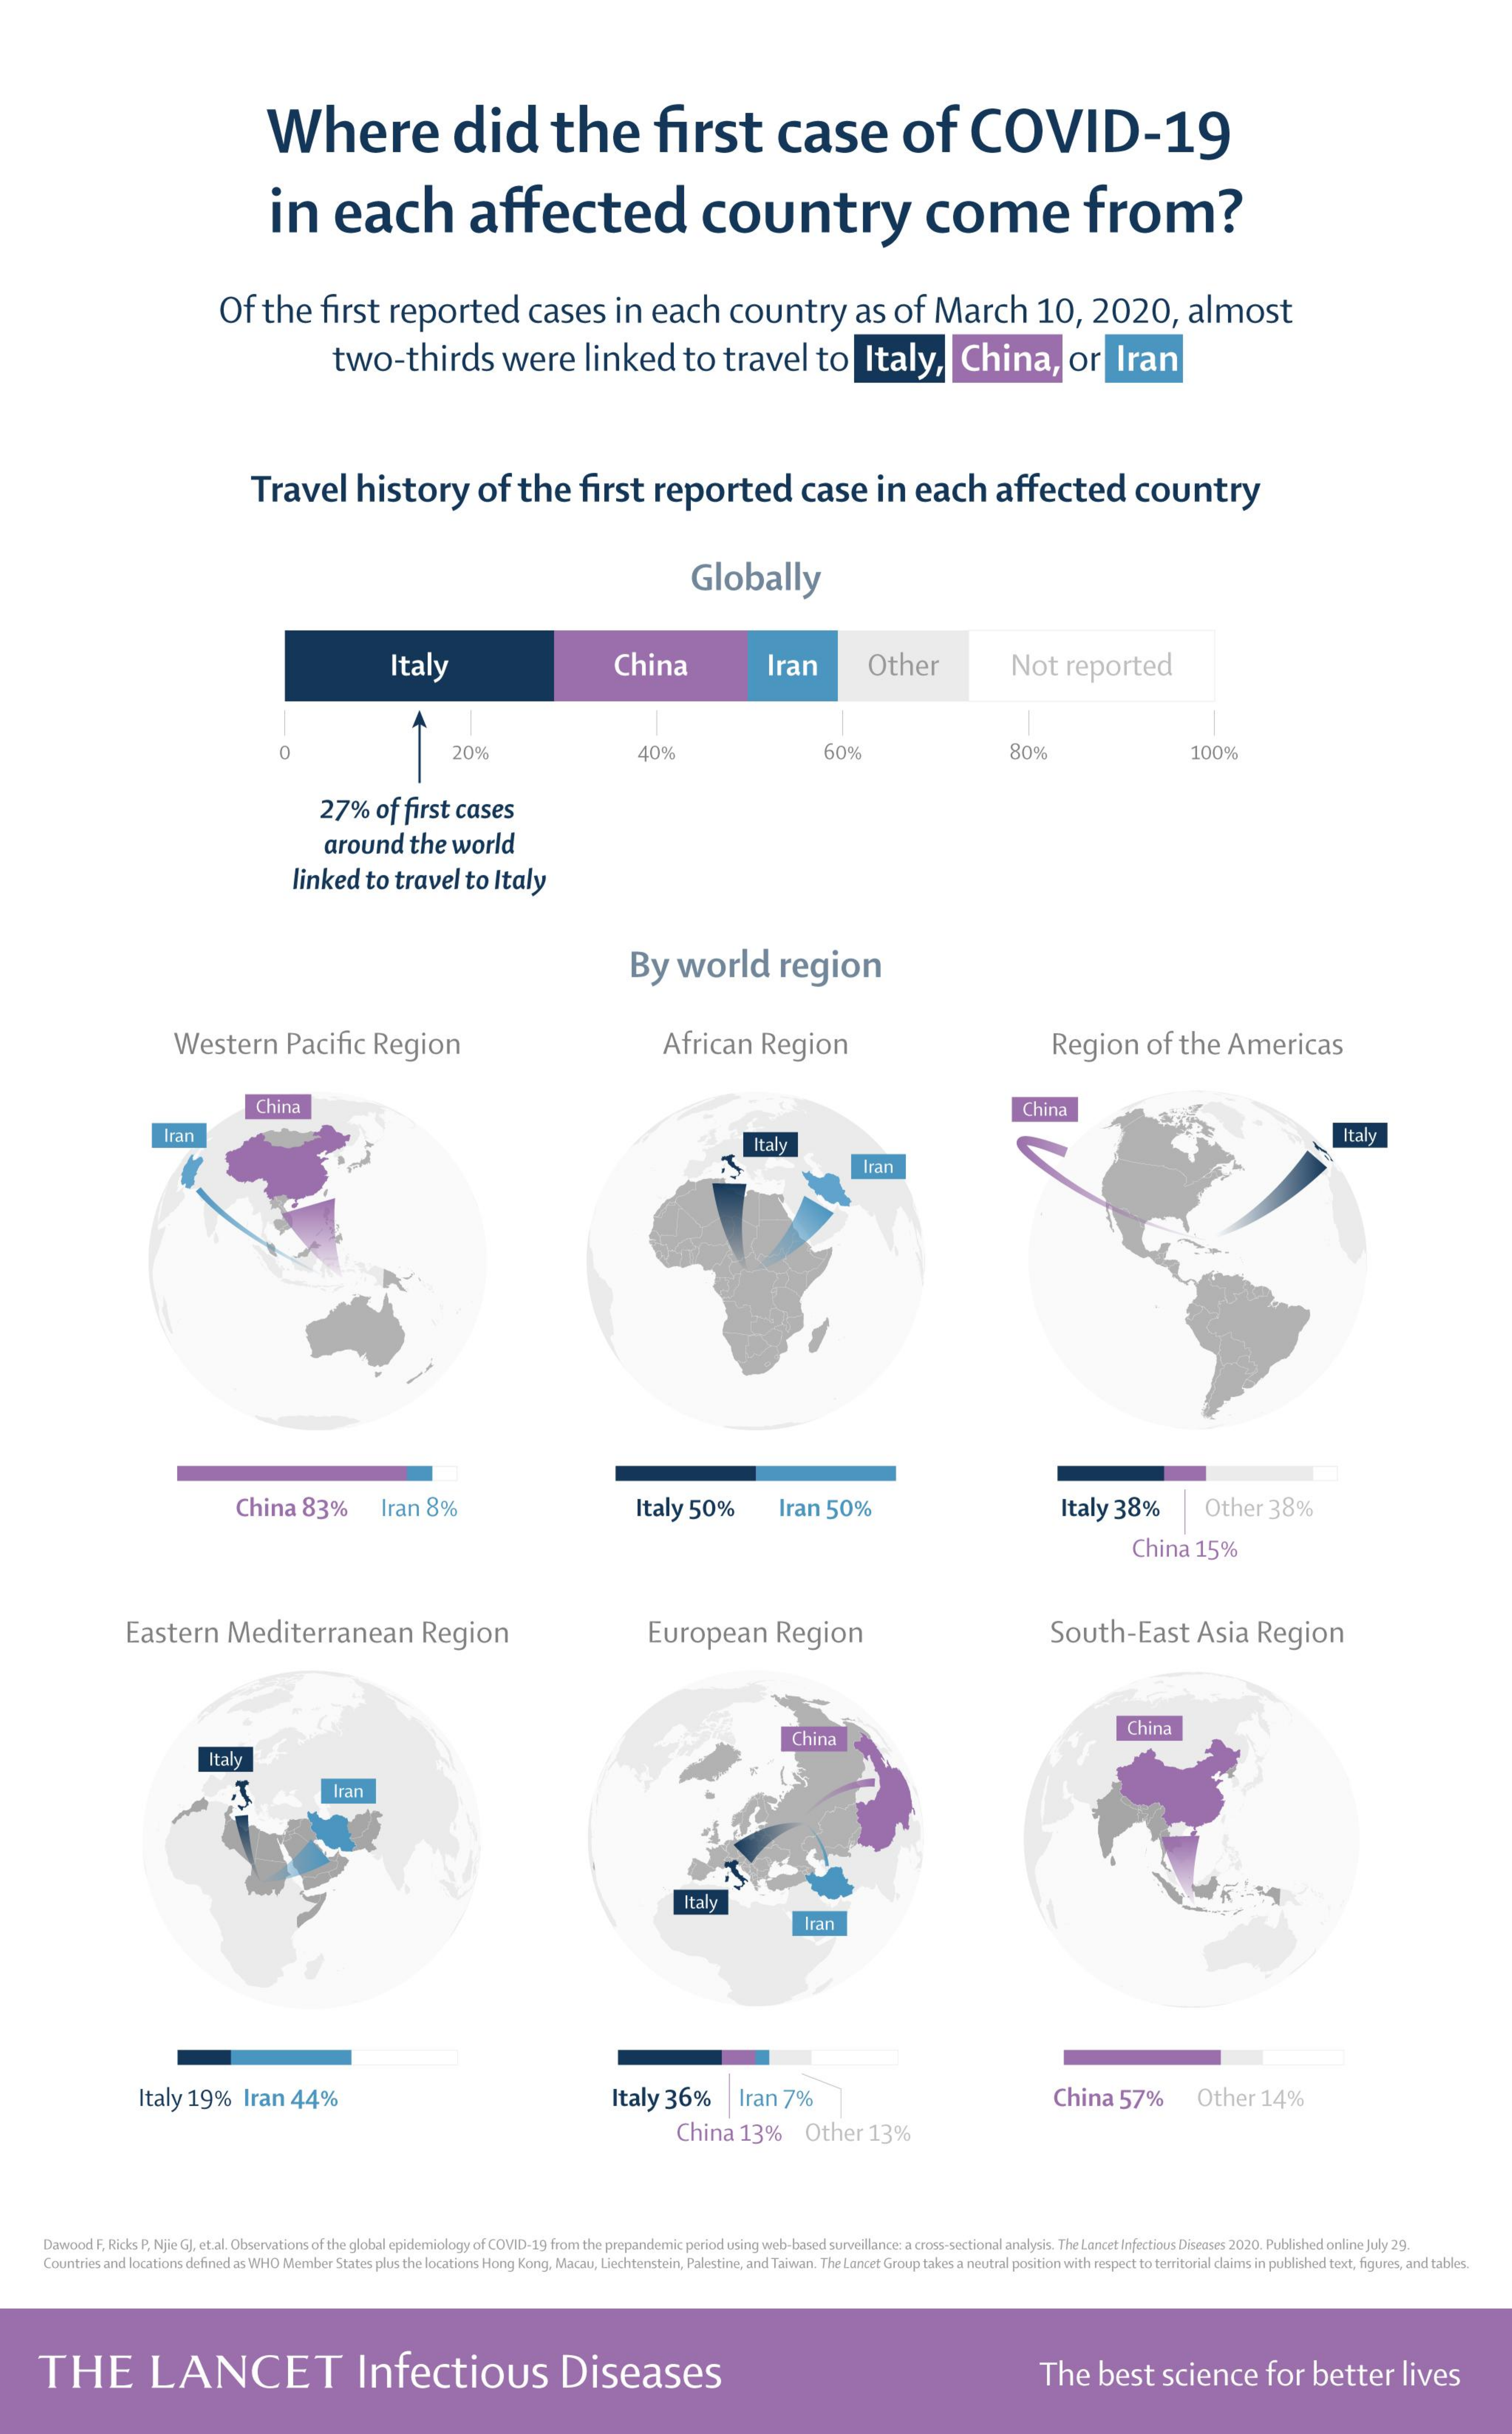
Where    did    the    first    case    of    COVID-19
     in    each    affected    country    come    from?
     Of    the    first    reported    cases    in    each    country    as    of   March    10,    2020,    almost
     two-thirds    were    linked    to    travel    to    Italy,    China,    or    Iran
     Travel    history    of    the    first    reported    case    in   each    affected    country
     Globally
     Italy    China    Iran    Other    Not    reported
     20%    40%    60%    80%    100%
     27%    of  first  cases
     around    the   world
     linked    to  travel    to  Italy
     By    world    region
     Western    Pacific    Region    African    Region    Region    of   the    Americas
     China    China
     Iran
     Italy
     Italy
     Iran
     China    83%    Iran   8%    Italy   50%    Iran   50%    Italy   38%    Other    38%
     China    15%
     Eastern    Mediterranean    Region    European    Region    South-East    Asia    Region
     China
     China
     Italy
     Tran
     Italy
     Italy   19%    Iran    44%    Italy   36%    Iran   7%    China    57%    Other    14%
     China    13%    Other    13%
     Dawood F, Ricks P. Njie GJ, et al. Observations of the global epidemiology of COVID-19 from the prepandemic period using web-based surveillance: a cross-sectional analysis. The Lancet Infectious Diseases 2020. Published online July 29,
     Countries and locations defined as WHO Member States plus the locations Hong Kong, Macau, Liechtenstein, Palestine, and Taiwan. The Lancet Group takes a neutral position with respect to territorial claims in published text, figures, and tables.
     THE    LANCET    Infectious    Diseases    The    best    science    for    better    lives